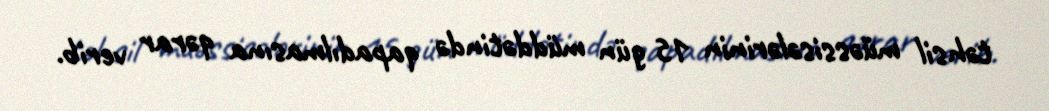
təhsil müəssisələrinin 15 gün müddətində qapadılmasına qərar verib.